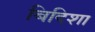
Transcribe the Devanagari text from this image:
बिदिशा